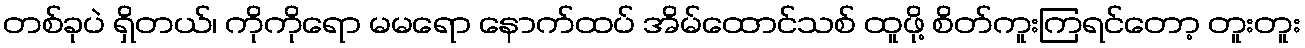
တစ်ခုပဲ ရှိတယ်၊ ကိုကိုရော မမရော နောက်ထပ် အိမ်ထောင်သစ် ထူဖို့ စိတ်ကူးကြရင်တော့ တူးတူး